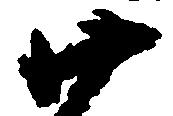
廿